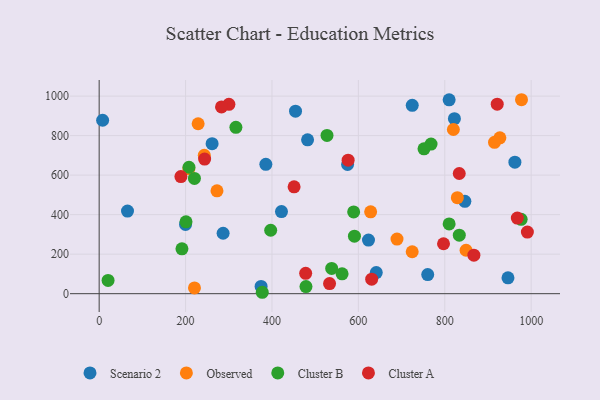
{"axis": {"x": "Distance", "y": "Demand"}, "legend": ["Cluster A", "Cluster B", "Observed", "Scenario 2"], "data": [{"x": "286.9", "y": 305.8, "type": "Scenario 2"}, {"x": "482.4", "y": 778.7, "type": "Scenario 2"}, {"x": "946.3", "y": 80.0, "type": "Scenario 2"}, {"x": "623.4", "y": 271.5, "type": "Scenario 2"}, {"x": "65.6", "y": 418.1, "type": "Scenario 2"}, {"x": "8.0", "y": 877.9, "type": "Scenario 2"}, {"x": "641.4", "y": 107.0, "type": "Scenario 2"}, {"x": "760.5", "y": 96.8, "type": "Scenario 2"}, {"x": "575.0", "y": 653.9, "type": "Scenario 2"}, {"x": "422.0", "y": 415.7, "type": "Scenario 2"}, {"x": "846.5", "y": 467.6, "type": "Scenario 2"}, {"x": "810.1", "y": 981.4, "type": "Scenario 2"}, {"x": "374.8", "y": 36.5, "type": "Scenario 2"}, {"x": "962.3", "y": 665.8, "type": "Scenario 2"}, {"x": "822.3", "y": 885.8, "type": "Scenario 2"}, {"x": "261.4", "y": 759.3, "type": "Scenario 2"}, {"x": "454.5", "y": 923.8, "type": "Scenario 2"}, {"x": "385.8", "y": 654.8, "type": "Scenario 2"}, {"x": "199.9", "y": 350.6, "type": "Scenario 2"}, {"x": "724.7", "y": 953.6, "type": "Scenario 2"}, {"x": "977.6", "y": 981.7, "type": "Observed"}, {"x": "689.4", "y": 276.5, "type": "Observed"}, {"x": "220.6", "y": 29.0, "type": "Observed"}, {"x": "229.1", "y": 860.1, "type": "Observed"}, {"x": "927.5", "y": 789.0, "type": "Observed"}, {"x": "207.6", "y": 632.9, "type": "Observed"}, {"x": "243.3", "y": 700.3, "type": "Observed"}, {"x": "724.6", "y": 212.3, "type": "Observed"}, {"x": "272.7", "y": 520.6, "type": "Observed"}, {"x": "915.1", "y": 765.9, "type": "Observed"}, {"x": "628.4", "y": 414.3, "type": "Observed"}, {"x": "819.9", "y": 830.9, "type": "Observed"}, {"x": "849.3", "y": 219.7, "type": "Observed"}, {"x": "829.1", "y": 486.1, "type": "Observed"}, {"x": "768.2", "y": 757.0, "type": "Cluster B"}, {"x": "810.1", "y": 353.2, "type": "Cluster B"}, {"x": "976.8", "y": 376.5, "type": "Cluster B"}, {"x": "397.0", "y": 321.1, "type": "Cluster B"}, {"x": "377.5", "y": 7.1, "type": "Cluster B"}, {"x": "590.9", "y": 290.9, "type": "Cluster B"}, {"x": "833.6", "y": 296.0, "type": "Cluster B"}, {"x": "538.2", "y": 127.8, "type": "Cluster B"}, {"x": "589.1", "y": 413.7, "type": "Cluster B"}, {"x": "751.9", "y": 733.0, "type": "Cluster B"}, {"x": "220.5", "y": 583.6, "type": "Cluster B"}, {"x": "316.5", "y": 841.9, "type": "Cluster B"}, {"x": "201.0", "y": 363.8, "type": "Cluster B"}, {"x": "191.6", "y": 226.8, "type": "Cluster B"}, {"x": "562.3", "y": 100.3, "type": "Cluster B"}, {"x": "478.7", "y": 35.8, "type": "Cluster B"}, {"x": "20.6", "y": 67.2, "type": "Cluster B"}, {"x": "207.9", "y": 639.9, "type": "Cluster B"}, {"x": "527.4", "y": 801.2, "type": "Cluster B"}, {"x": "921.4", "y": 959.4, "type": "Cluster A"}, {"x": "244.1", "y": 681.4, "type": "Cluster A"}, {"x": "189.2", "y": 592.9, "type": "Cluster A"}, {"x": "576.3", "y": 675.6, "type": "Cluster A"}, {"x": "797.1", "y": 252.8, "type": "Cluster A"}, {"x": "451.2", "y": 540.8, "type": "Cluster A"}, {"x": "630.8", "y": 73.4, "type": "Cluster A"}, {"x": "867.4", "y": 195.1, "type": "Cluster A"}, {"x": "478.0", "y": 103.1, "type": "Cluster A"}, {"x": "300.3", "y": 958.4, "type": "Cluster A"}, {"x": "967.9", "y": 382.5, "type": "Cluster A"}, {"x": "833.5", "y": 608.2, "type": "Cluster A"}, {"x": "533.3", "y": 51.3, "type": "Cluster A"}, {"x": "283.2", "y": 945.3, "type": "Cluster A"}, {"x": "991.2", "y": 311.7, "type": "Cluster A"}]}